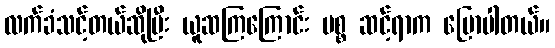
လက်ခံသင့်တယ်ဆိုပြီး ယူဆကြကြောင်း မစ္စ ဆင့်ရာက ပြောပါတယ်။